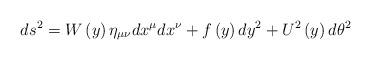
LaTeX: \begin{align*}ds^2 = W\left( y \right)\eta_{\mu\nu}dx^{\mu}dx^{\nu} + f\left( y \right) dy^2 + U^2\left( y \right) d\theta^2\end{align*}